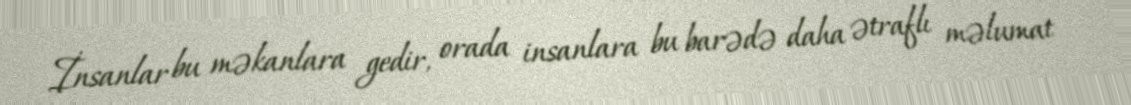
İnsanlar bu məkanlara gedir, orada insanlara bu barədə daha ətraflı məlumat